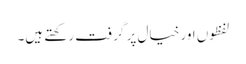
لفظوں اور خیال پر گرفت رکھتے ہیں۔